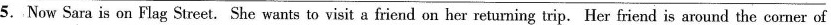
5. Now Sara is on Flag Street.She wants to visit a friend on her returning trip. Her friend is around the corner of